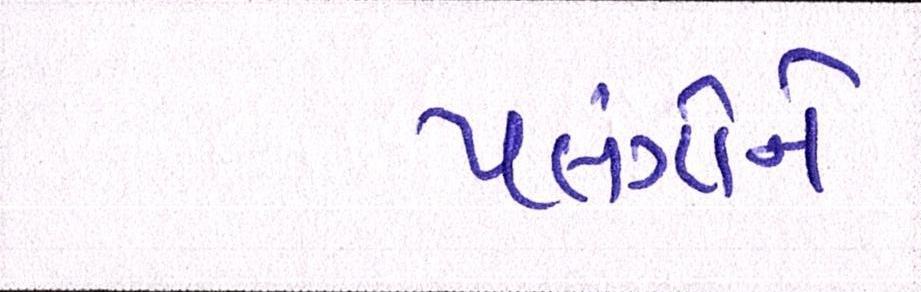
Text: પલંગોને